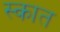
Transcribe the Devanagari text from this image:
स्कात